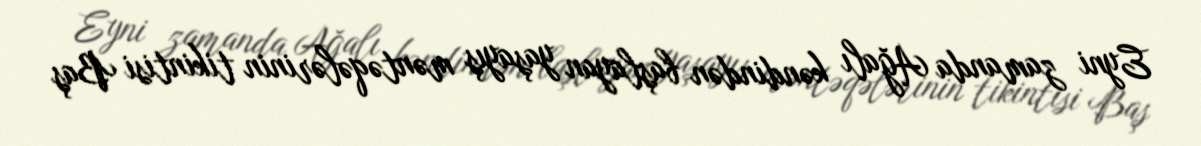
Eyni zamanda Ağalı kəndindən başlayan yaşayış məntəqələrinin tikintisi Baş